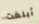
أبلغت